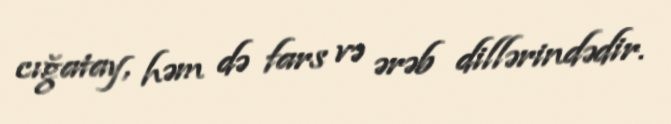
cığatay, həm də fars və ərəb dillərindədir.